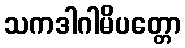
သကဒါဂါမိပတ္တော